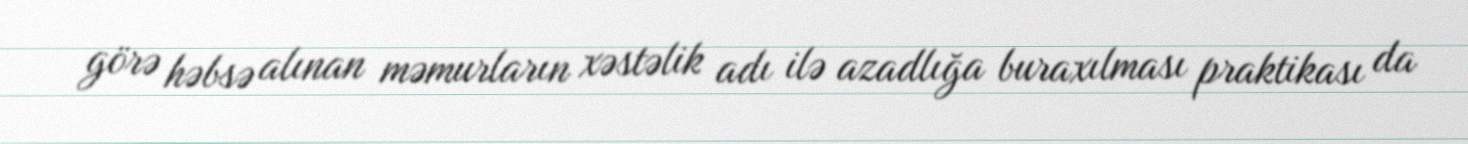
görə həbsə alınan məmurların xəstəlik adı ilə azadlığa buraxılması praktikası da